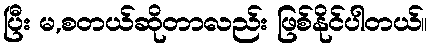
ပြီး မ,စတယ်ဆိုတာလည်း ဖြစ်နိုင်ပါတယ်။